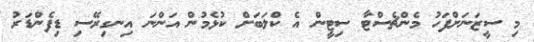
މި ސީޒަނަށްފަހު މެންޗެސްޓާ ސިޓީން އެ ކްލަބަށް ކުޅެމުން އަންނަ އިނގިރޭސި ޑިފެންޑަރު